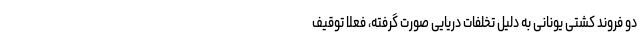
دو فروند کشتی یونانی به دلیل تخلفات دریایی صورت گرفته، فعلا توقیف